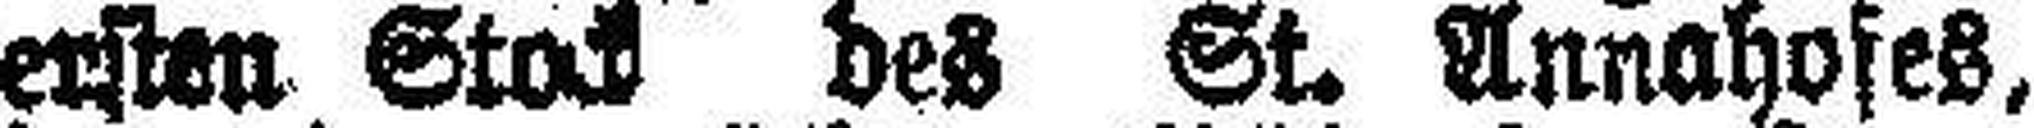
ersten Stock der St. Annahofes,